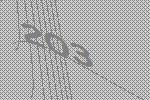
203